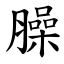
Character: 臊